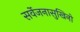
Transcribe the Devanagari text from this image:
सर्वेजनासुखिनो